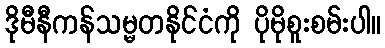
ဒိုမီနီကန်သမ္မတနိုင်ငံကို ပိုမိုစူးစမ်းပါ။